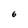
Character: 6